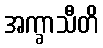
အက္ခာသီတိ